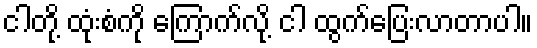
ငါတို့ ထုံးစံကို ကြောက်လို့ ငါ ထွက်ပြေးလာတာပါ။